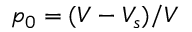
p _ { 0 } = ( V - V _ { s } ) / V